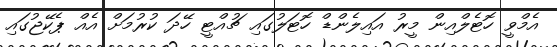
އެމްވީ ހޮޓެލްއިން މީރު އައިލެންޑް ހޮޓަލުގައި ޗުއްޓީ ހޭދަ ކުރުމަށް އެއް ޕެކޭޖުގައި